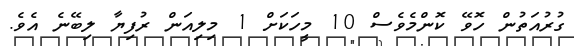
ގުރުއަތުން ހޮވޭ ކޮންމެވެސް 10 މީހަކަށް 1 މިލިއަން ރުފިޔާ ލިބޭނެ އެވެ.